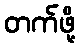
တက်ဖို့